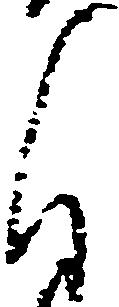
自